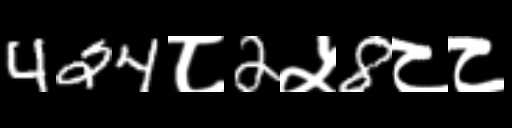
Text: 424८2५8८८